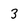
Character: 3